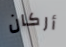
أركان